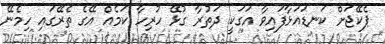
ޕެކޭޖަށް ކަނޑައަޅާފައިވާ އަގަކީ ދަތުރާ ގުޅޭ ހުރިހާ ކަމެއް އޭގެ ތެރޭގައި ހިމެނޭ